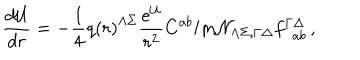
{ \frac { d { \cal U } } { d r } } = - { \frac { 1 } { 4 } } q \left( r \right) ^ { \Lambda \Sigma } { \frac { e ^ { \cal U } } { r ^ { 2 } } } C ^ { a b } \mathrm { I m } { \cal N } _ { \Lambda \Sigma , \Gamma \Delta } f _ { ~ ~ a b } ^ { \Gamma \Delta } \, ,